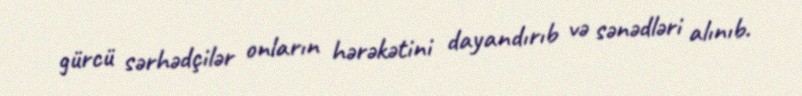
gürcü sərhədçilər onların hərəkətini dayandırıb və sənədləri alınıb.